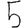
Digit: 5